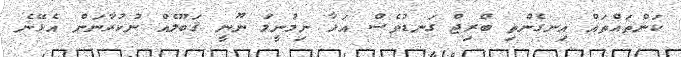
ކަންތައްތައް އިނގެންތި ބްރިޖް ގަނޑުވެސް އަޅާ ނިމުނީމަ ނޫނީ ޤަބޫލެއް ނުކުރާނަން އެޅޭނެ